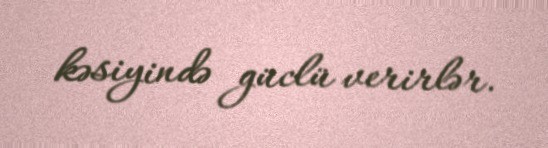
kəsiyində güclü verirlər.